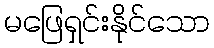
မဖြေရှင်းနိုင်သော